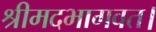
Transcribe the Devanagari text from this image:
श्रीमदभागवत।